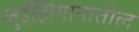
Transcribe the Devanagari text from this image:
लुईझियानातील